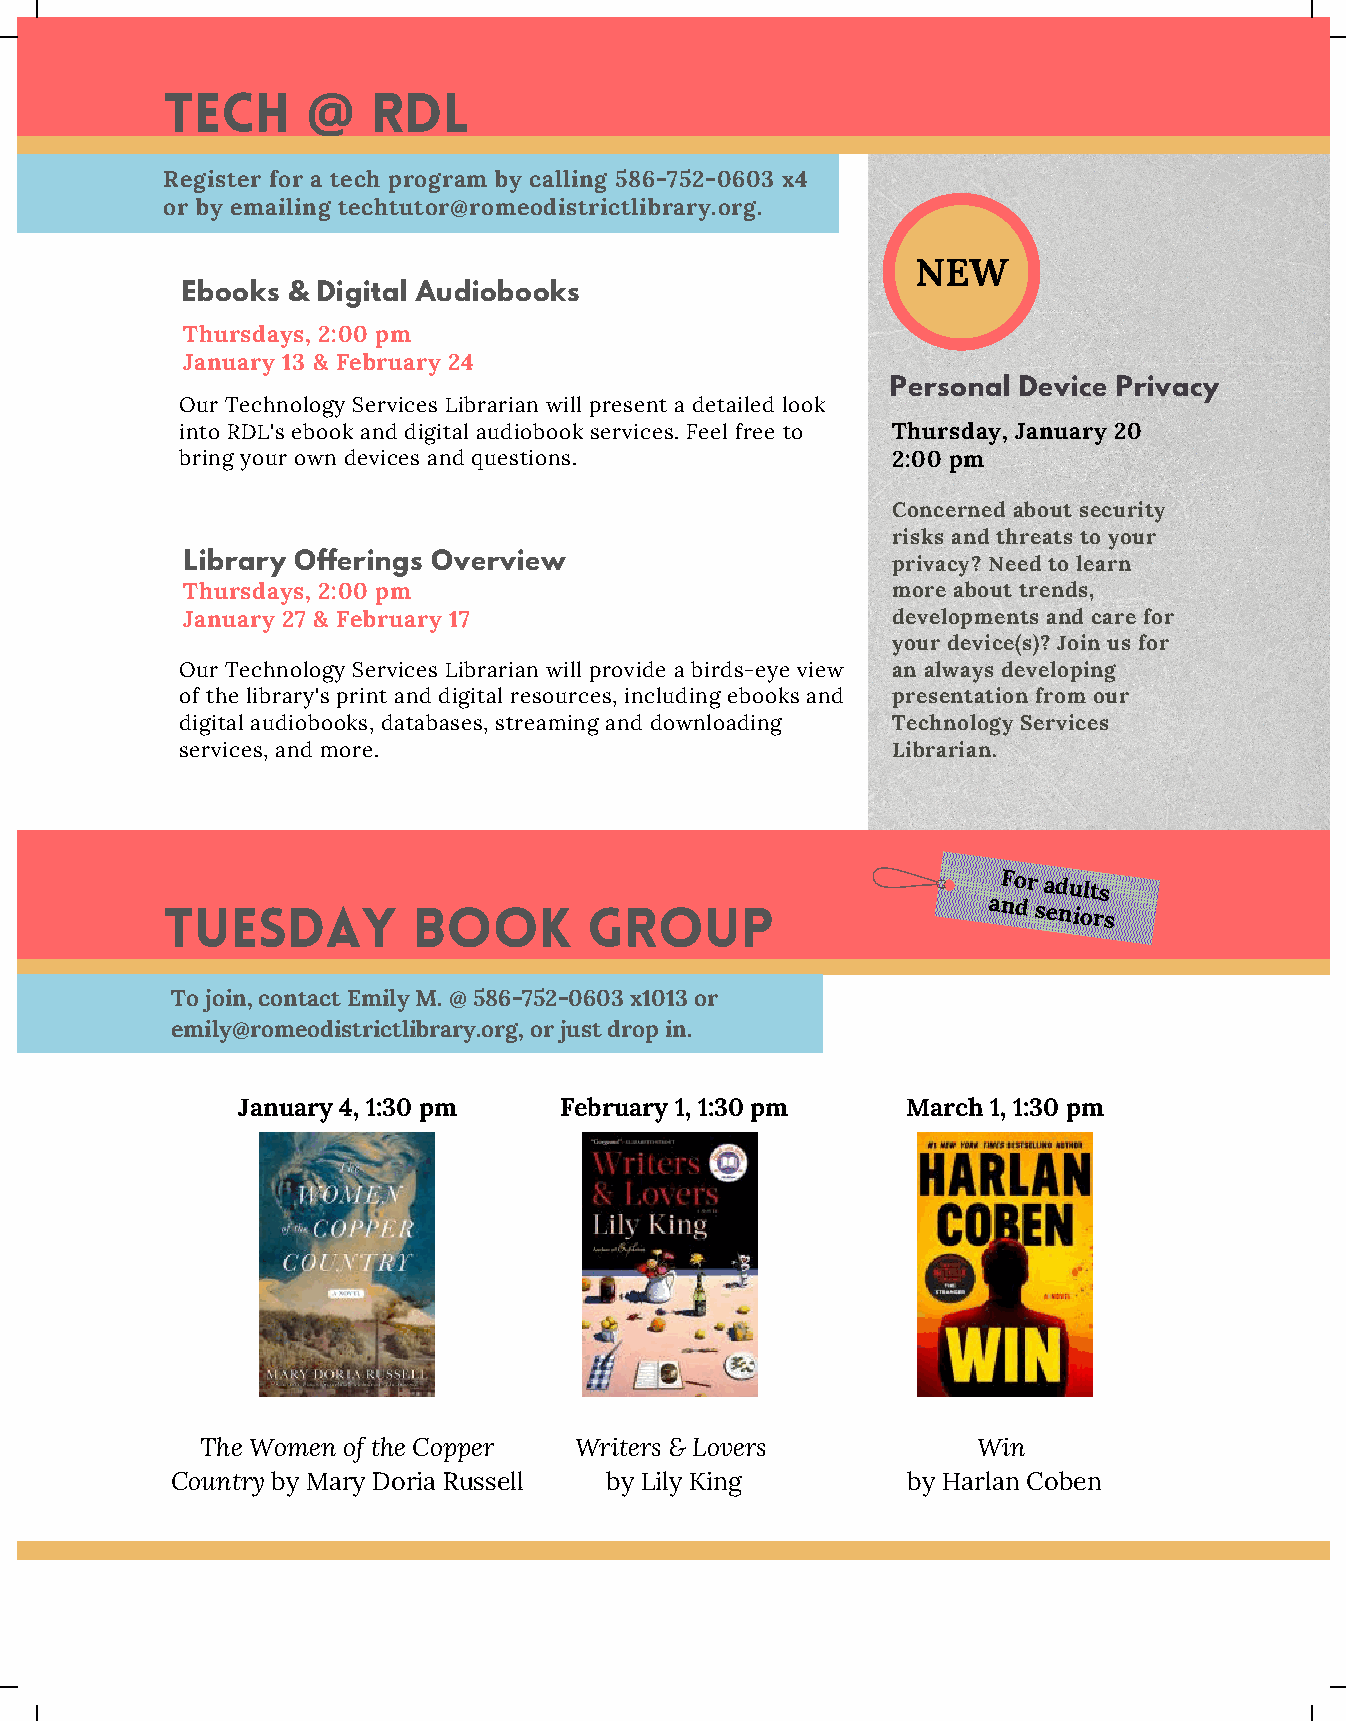
TECH          RDL
 @
 Register for a tech program by calling 586-752-0603 x4
 oGr rbay uembaniliengr tBecrhatuntcorh@romeodistrictlibrary.org.
 NEW
 Ebooks & Digital Audiobooks
 Thursdays, 2:00 pm
 January 13 & February 24
 Personal Device Privacy
 Our Technology Services Librarian will present a detailed look
 into RDL's ebook and digital audiobook services. Feel free to Thursday, January 20
 bring your own devices and questions.          2:00 pm
 Concerned about security
 risks and threats to your
 Library Offerings Overview                     privacy? Need to learn
 Thursdays, 2:00 pm                             more about trends,
 January 27 & February 17                       developments and care for
 your device(s)? Join us for
 Our Technology Services Librarian will provide a birds-eye view an always developing
 of the library's print and digital resources, including ebooks and presentation from our
 digital audiobooks, databases, streaming and downloading Technology Services
 services, and more.                            Librarian.
 For adults
 TUESDAY         BOOK        GROUP                     and
 seniors
 To join, contact Emily M. @ 586-752-0603 x1013 or
 emily@romeodistrictlibrary.org, or just drop in.
 January 4, 1:30 pm   February 1, 1:30 pm    March 1, 1:30 pm
 The Women of the Copper  Writers & Lovers           Win
 Country by Mary Doria Russell by Lily King       by Harlan Coben
 RDL Summer News | page 02